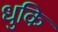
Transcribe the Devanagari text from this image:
धुकि